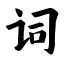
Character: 词